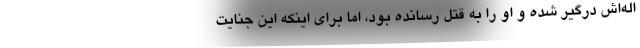
اله‌اش درگیر شده و او را به قتل رسانده بود، اما برای اینکه این جنایت